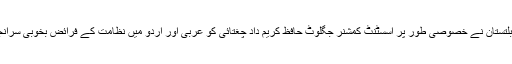
وزیر اعلی گلگت بلتستان نے خصوصی طور پر اسسٹنٹ کمشنر جگلوٹ حاٖفظ کریم داد چغتائی کو عربی اور اردو میں نظامت کے فرائض بخوبی سرانجام دینے پر سراہا۔